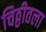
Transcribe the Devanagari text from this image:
चिठ्ठीतला